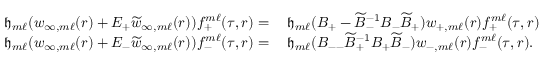
\begin{array} { r l } { { \mathfrak { h } } _ { m \ell } ( w _ { \infty , m \ell } ( r ) + E _ { + } \widetilde { w } _ { \infty , m \ell } ( r ) ) f _ { + } ^ { m \ell } ( \tau , r ) = } & { \: { \mathfrak { h } } _ { m \ell } ( B _ { + } - \widetilde { B } _ { - } ^ { - 1 } B _ { - } \widetilde { B } _ { + } ) w _ { + , m \ell } ( r ) f _ { + } ^ { m \ell } ( \tau , r ) } \\ { { \mathfrak { h } } _ { m \ell } ( w _ { \infty , m \ell } ( r ) + E _ { - } \widetilde { w } _ { \infty , m \ell } ( r ) ) f _ { - } ^ { m \ell } ( \tau , r ) = } & { \: { \mathfrak { h } } _ { m \ell } ( B _ { -- } \widetilde { B } _ { + } ^ { - 1 } B _ { + } \widetilde { B } _ { - } ) w _ { - , m \ell } ( r ) f _ { - } ^ { m \ell } ( \tau , r ) . } \end{array}